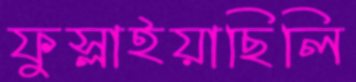
ফুস্‌লাইয়াছিলি